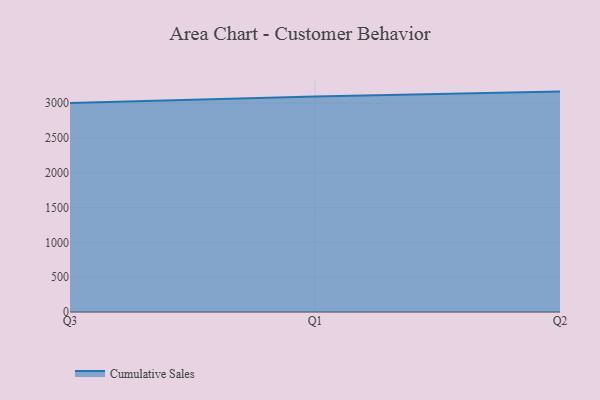
{"axis": {"x": "Quarter", "y": "Active Users"}, "legend": ["Cumulative Sales"], "data": [{"x": "Q3", "y": 3003.1, "type": "Cumulative Sales"}, {"x": "Q1", "y": 3097.1, "type": "Cumulative Sales"}, {"x": "Q2", "y": 3166.9, "type": "Cumulative Sales"}]}